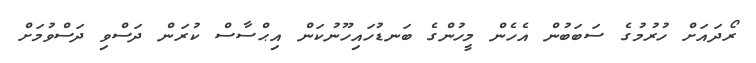
ރޯދައަށް ހުރުމުގެ ސަބަބުން އެހެން މީހުންގެ ބަނޑުހައިހޫނުކަން އިޙްސާސް ކުރަން ދަސްވި ދަސްވުމަށް